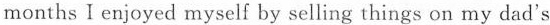
months I enjoyed myself by selling things on my dad's